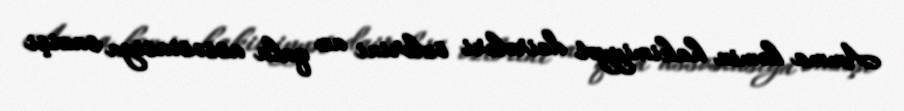
Amma həmin hakimiyyət dairələri özlərini az qala assosiasiya sazişi